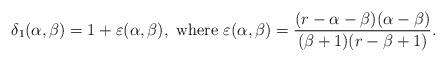
LaTeX: \begin{align*}\delta_1(\alpha,\beta)=1+\varepsilon(\alpha,\beta), \mbox{ where }\varepsilon(\alpha,\beta)=\frac{(r-\alpha-\beta)(\alpha-\beta)}{(\beta+1)(r-\beta+1)}.\end{align*}